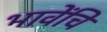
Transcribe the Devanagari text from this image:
भावेंचि